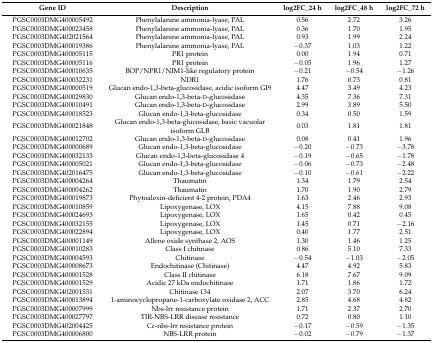
<table><thead><tr><td><b>Gene ID</b></td><td><b>Description</b></td><td><b>log2FC_24 h</b></td><td><b>log2FC_48 h</b></td><td><b>log2FC_72 h</b></td></tr></thead><tbody><tr><td>PGSC0003DMG400005492</td><td>Phenylalanine ammonia-lyase, PAL</td><td>0.56 </td><td>2.72 </td><td>3.26 </td></tr><tr><td>PGSC0003DMG400023458</td><td>Phenylalanine ammonia-lyase, PAL</td><td>0.36 </td><td>1.70 </td><td>1.95 </td></tr><tr><td>PGSC0003DMG402021564</td><td>Phenylalanine ammonia-lyase, PAL</td><td>0.93 </td><td>1.99 </td><td>2.24 </td></tr><tr><td>PGSC0003DMG400019386</td><td>Phenylalanine ammonia-lyase, PAL</td><td>−0.37 </td><td>1.03 </td><td>1.22 </td></tr><tr><td>PGSC0003DMG400005115</td><td>PR1 protein </td><td>0.00 </td><td>1.94 </td><td>0.71 </td></tr><tr><td>PGSC0003DMG400005116</td><td>PR1 protein </td><td>−0.05 </td><td>1.96 </td><td>1.27 </td></tr><tr><td>PGSC0003DMG400010635</td><td>BOP/NPR1/NIM1-like regulatory protein </td><td>−0.21 </td><td>−0.54 </td><td>−1.26 </td></tr><tr><td>PGSC0003DMG400032231</td><td>NDR1</td><td>1.76 </td><td>0.73 </td><td>0.81 </td></tr><tr><td>PGSC0003DMG400000519</td><td>Glucan endo-1,3-beta-glucosidase, acidic isoform GI9 </td><td>4.47 </td><td>3.49 </td><td>4.23 </td></tr><tr><td>PGSC0003DMG400029830</td><td>Glucan endo-1,3-beta-d-glucosidase </td><td>4.35 </td><td>7.36 </td><td>7.31 </td></tr><tr><td>PGSC0003DMG400010491</td><td>Glucan endo-1,3-beta-d-glucosidase </td><td>2.99 </td><td>3.89 </td><td>5.50 </td></tr><tr><td>PGSC0003DMG400018523</td><td>Glucan endo-1,3-beta-glucosidase </td><td>0.34 </td><td>0.50 </td><td>1.59 </td></tr><tr><td>PGSC0003DMG400021848</td><td>Glucan endo-1,3-beta-glucosidase, basic vacuolar isoform GLB</td><td>0.03 </td><td>1.81 </td><td>1.81 </td></tr><tr><td>PGSC0003DMG400012702</td><td>Glucan endo-1,3-beta-d-glucosidase </td><td>0.08 </td><td>0.41 </td><td>1.96 </td></tr><tr><td>PGSC0003DMG400000689</td><td>Glucan endo-1,3-beta-glucosidase </td><td>−0.20 </td><td>−0.73 </td><td>−3.78 </td></tr><tr><td>PGSC0003DMG400032133</td><td>Glucan endo-1,3-beta-glucosidase 4 </td><td>−0.19 </td><td>−0.65 </td><td>−1.78 </td></tr><tr><td>PGSC0003DMG400005021</td><td>Glucan endo-1,3-beta-glucosidase </td><td>−0.06 </td><td>−0.73 </td><td>−2.48 </td></tr><tr><td>PGSC0003DMG402016475</td><td>Glucan endo-1,3-beta-glucosidase </td><td>−0.10 </td><td>−0.61 </td><td>−2.22 </td></tr><tr><td>PGSC0003DMG400004264</td><td>Thaumatin </td><td>1.34 </td><td>1.79 </td><td>2.54 </td></tr><tr><td>PGSC0003DMG400004262</td><td>Thaumatin </td><td>1.70 </td><td>1.90 </td><td>2.79 </td></tr><tr><td>PGSC0003DMG400019873</td><td>Phytoalexin-deficient 4-2 protein, PDA4</td><td>1.63 </td><td>2.46 </td><td>2.93 </td></tr><tr><td>PGSC0003DMG400010859</td><td>Lipoxygenase, LOX</td><td>4.15 </td><td>7.88 </td><td>9.08 </td></tr><tr><td>PGSC0003DMG400024693</td><td>Lipoxygenase, LOX</td><td>1.65 </td><td>0.42 </td><td>0.45 </td></tr><tr><td>PGSC0003DMG400032155</td><td>Lipoxygenase, LOX</td><td>1.45 </td><td>0.71 </td><td>−2.16 </td></tr><tr><td>PGSC0003DMG400022894</td><td>Lipoxygenase, LOX</td><td>0.40 </td><td>1.77 </td><td>2.51 </td></tr><tr><td>PGSC0003DMG400001149</td><td>Allene oxide synthase 2, AOS</td><td>1.30 </td><td>1.46 </td><td>1.25 </td></tr><tr><td>PGSC0003DMG400010283</td><td>Class I chitinase </td><td>0.86 </td><td>5.10 </td><td>7.33 </td></tr><tr><td>PGSC0003DMG400004593</td><td>Chitinase </td><td>−0.54 </td><td>−1.03 </td><td>−2.05 </td></tr><tr><td>PGSC0003DMG400008673</td><td>Endochitinase (Chitinase) </td><td>4.47 </td><td>4.92 </td><td>5.83 </td></tr><tr><td>PGSC0003DMG400001528</td><td>Class II chitinase </td><td>6.18 </td><td>7.67 </td><td>9.09 </td></tr><tr><td>PGSC0003DMG400001529</td><td>Acidic 27 kDa endochitinase </td><td>1.71 </td><td>1.86 </td><td>1.72 </td></tr><tr><td>PGSC0003DMG402001531</td><td>Chitinase 134</td><td>2.07 </td><td>3.70 </td><td>6.24 </td></tr><tr><td>PGSC0003DMG400013894</td><td>1-aminocyclopropane-1-carboxylate oxidase 2, ACC</td><td>2.85 </td><td>4.68 </td><td>4.82 </td></tr><tr><td>PGSC0003DMG400007999</td><td>Nbs-lrr resistance protein </td><td>1.71 </td><td>2.37 </td><td>2.70 </td></tr><tr><td>PGSC0003DMG400027797</td><td>TIR-NBS-LRR disease resistance </td><td>0.72 </td><td>0.80 </td><td>1.10 </td></tr><tr><td>PGSC0003DMG402004425</td><td>Cc-nbs-lrr resistance protein </td><td>−0.17 </td><td>−0.59 </td><td>−1.35 </td></tr><tr><td>PGSC0003DMG400006800</td><td>NBS-LRR protein </td><td>−0.02 </td><td>−0.79 </td><td>−1.37 </td></tr></tbody></table>